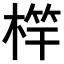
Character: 𣔼